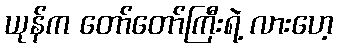
ယုန်က တော်တော်ကြီးရဲ့ လားဟေ့